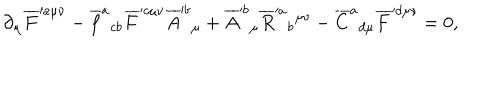
\partial { } _ { \mu } \overline { { { F } } } ^ { \prime a \mu \nu } - \overline { { { f } } } ^ { a } { } _ { c b } \overline { { { F } } } ^ { \prime c \mu \nu } \overline { { { A } } } ^ { \prime b } { } _ { \mu } { } + \overline { { { A } } } ^ { \prime b } { } _ { \mu } \overline { { { R } } } ^ { \prime a } { } _ { b } { } ^ { \mu \nu } - \overline { { { C } } } ^ { a } { } _ { d \mu } \overline { { { F } } } ^ { \prime d \mu \nu } = 0 ,